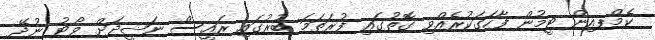
ކެމްޕއިން ޓީމުން ފާހަގަކުރެއްވި ގޮތުގައި ފުރަތަމަ ބުރުގައި ރައީސް ނަޝީދަށް ވޯޓު ނުދޭ